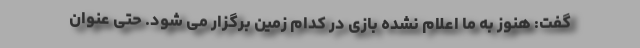
گفت: هنوز به ما اعلام نشده بازی در کدام زمین برگزار می شود. حتی عنوان